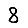
Digit: 8